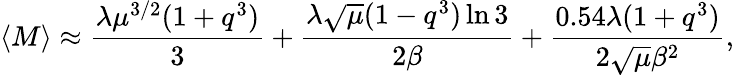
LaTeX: \langle M\rangle\approx\frac{\lambda\mu^{3/2}(1+q^{3})}{3}+\frac{\lambda\sqrt{\mu}(1-q^{3})\ln 3}{2\beta}+\frac{0.54\lambda(1+q^{3})}{2\sqrt{\mu}\beta^{2}},